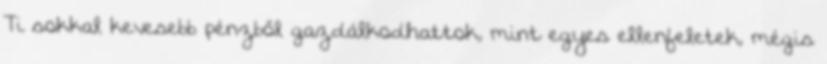
Ti sokkal kevesebb pénzből gazdálkodhattok, mint egyes ellenfeletek, mégis